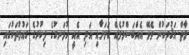
މާތް އަޤުދަކުން ވެވޭ އެއްބަސްވުމެއް ކަމަށާއި އަދި އެއީ ހުޅަނގުގެ ފިކުރުގެ ގައުމުތަކުގައި